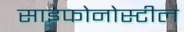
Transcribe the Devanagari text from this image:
साइफोनोस्टील